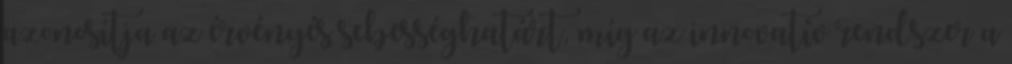
azonosítja az érvényés sebességhatárt, míg az innovatív rendszer a